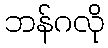
ဘန်ဂလို